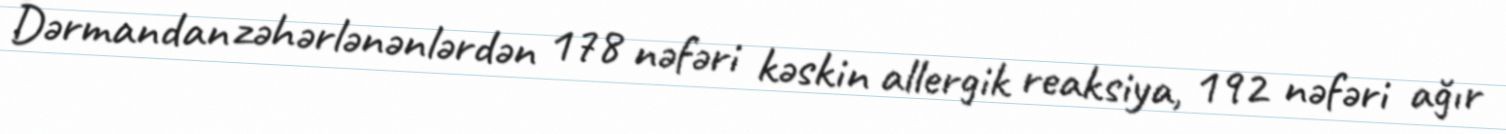
Dərmandan zəhərlənənlərdən 178 nəfəri kəskin allergik reaksiya, 192 nəfəri ağır